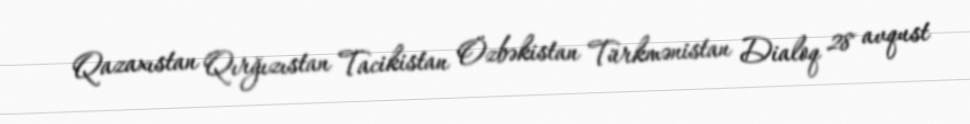
Qazaxıstan Qırğızıstan Tacikistan Özbəkistan Türkmənistan Dialoq 28 avqust